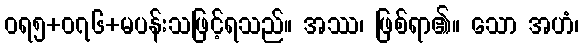
ဝရ၅+၀၇၆+မပန်းသဖြင့်ရသည်။ အဿ၊ ဖြစ်ရာ၏။ သော အဟံ၊